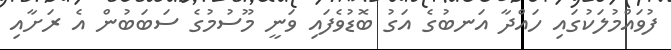
ފުވައްމުލަކުގަައި ހައްދާ އަނބުގެ އަގު ބޮޑުވެފައި ވަނީ މޫސުމުގެ ސަބަބުން އެ ރަށާއި